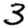
Digit: 3